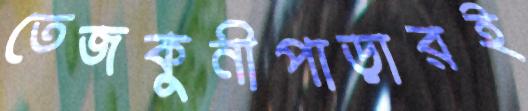
তেজকুনীপাড়ারই